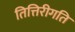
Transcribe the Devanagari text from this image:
तित्तिरीगति